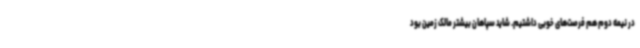
در نیمه دوم هم فرصت‌های خوبی داشتیم. شاید سپاهان بیشتر مالک زمین بود